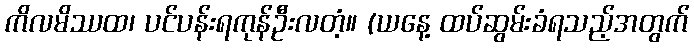
ကိလမိဿထ၊ ပင်ပန်းရကုန်ဦးလတံ့။ (ယနေ့ ထပ်ဆွမ်းခံရသည့်အတွက်